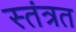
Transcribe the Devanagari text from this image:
स्तंत्रत